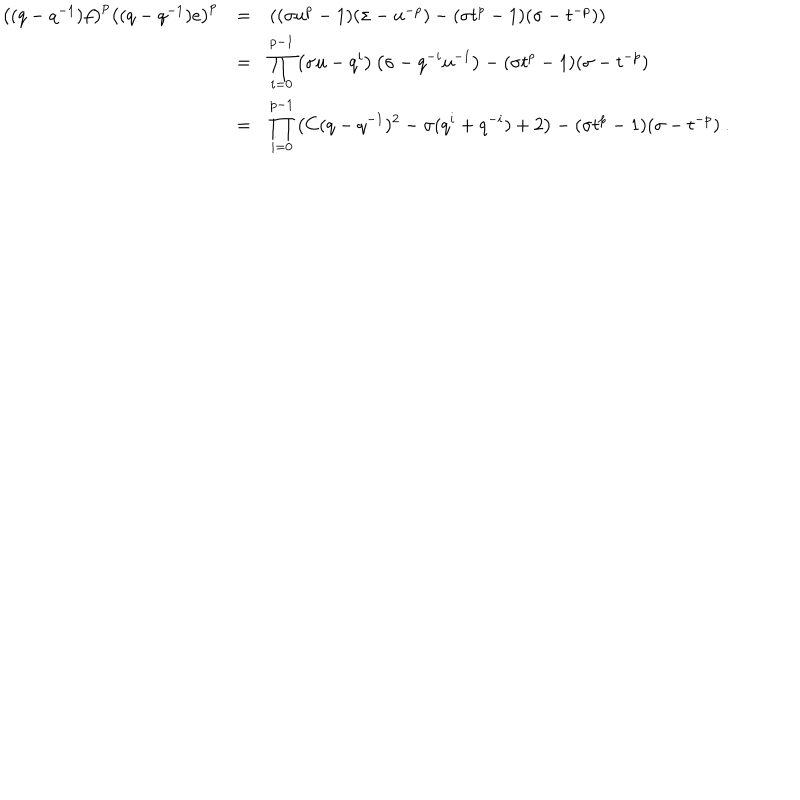
\begin{array} { r c l } { { \left( ( q - q ^ { - 1 } ) f \right) ^ { p } \left( ( q - q ^ { - 1 } ) e \right) ^ { p } } } & { { = } } & { { \left( ( \sigma u ^ { p } - 1 ) ( \sigma - u ^ { - p } ) - ( \sigma t ^ { p } - 1 ) ( \sigma - t ^ { - p } ) \right) } } \\ { { } } & { { = } } & { { \displaystyle \prod _ { i = 0 } ^ { p - 1 } \left( \sigma u - q ^ { i } \right) \left( \sigma - q ^ { - i } u ^ { - 1 } \right) - ( \sigma t ^ { p } - 1 ) ( \sigma - t ^ { - p } ) } } \\ { { } } & { { = } } & { { \displaystyle \prod _ { i = 0 } ^ { p - 1 } \left( C ( q - q ^ { - 1 } ) ^ { 2 } - \sigma ( q ^ { i } + q ^ { - i } ) + 2 \right) - ( \sigma t ^ { p } - 1 ) ( \sigma - t ^ { - p } ) ~ . } } \\ \end{array}